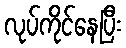
လုပ်ကိုင်နေပြီး